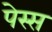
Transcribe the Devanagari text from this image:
पेस्स